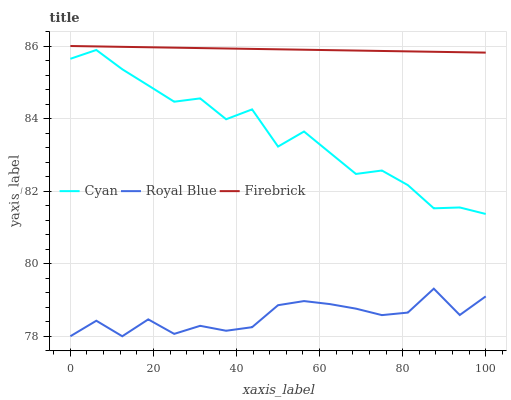
| xaxis_label | Cyan | Royal Blue | Firebrick |
 | --- | --- | --- | --- |
 | 0 | 85.6 | 78 | 86 |
 | 6.25 | 85.9 | 78.4 | 86 |
 | 12.5 | 85.4 | 78 | 86 |
 | 18.8 | 84.9 | 78.5 | 86 |
 | 25 | 84.5 | 78.1 | 86 |
 | 31.2 | 84.6 | 78.3 | 85.9 |
 | 37.5 | 84 | 78.2 | 85.9 |
 | 43.8 | 84.3 | 78.2 | 85.9 |
 | 50 | 83.2 | 78.9 | 85.9 |
 | 56.2 | 83.6 | 79 | 85.9 |
 | 62.5 | 83.1 | 78.9 | 85.9 |
 | 68.8 | 82.5 | 78.8 | 85.9 |
 | 75 | 82.6 | 78.6 | 85.9 |
 | 81.2 | 82.2 | 78.7 | 85.9 |
 | 87.5 | 81.5 | 79.3 | 85.8 |
 | 93.8 | 81.5 | 78.6 | 85.8 |
 | 100 | 81.4 | 79.1 | 85.8 |